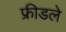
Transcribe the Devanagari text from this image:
फ्रीडले